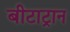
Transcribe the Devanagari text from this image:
बीटाट्रान